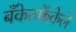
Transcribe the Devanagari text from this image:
बँकेतर्फेकेले